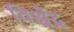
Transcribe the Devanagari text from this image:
विश्वेंद्र